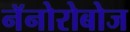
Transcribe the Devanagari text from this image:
नॅनोरोबोज